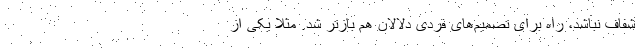
شفاف نباشد، راه برای تصمیم‌های فردی دلالان هم بازتر شد. مثلا یکی از